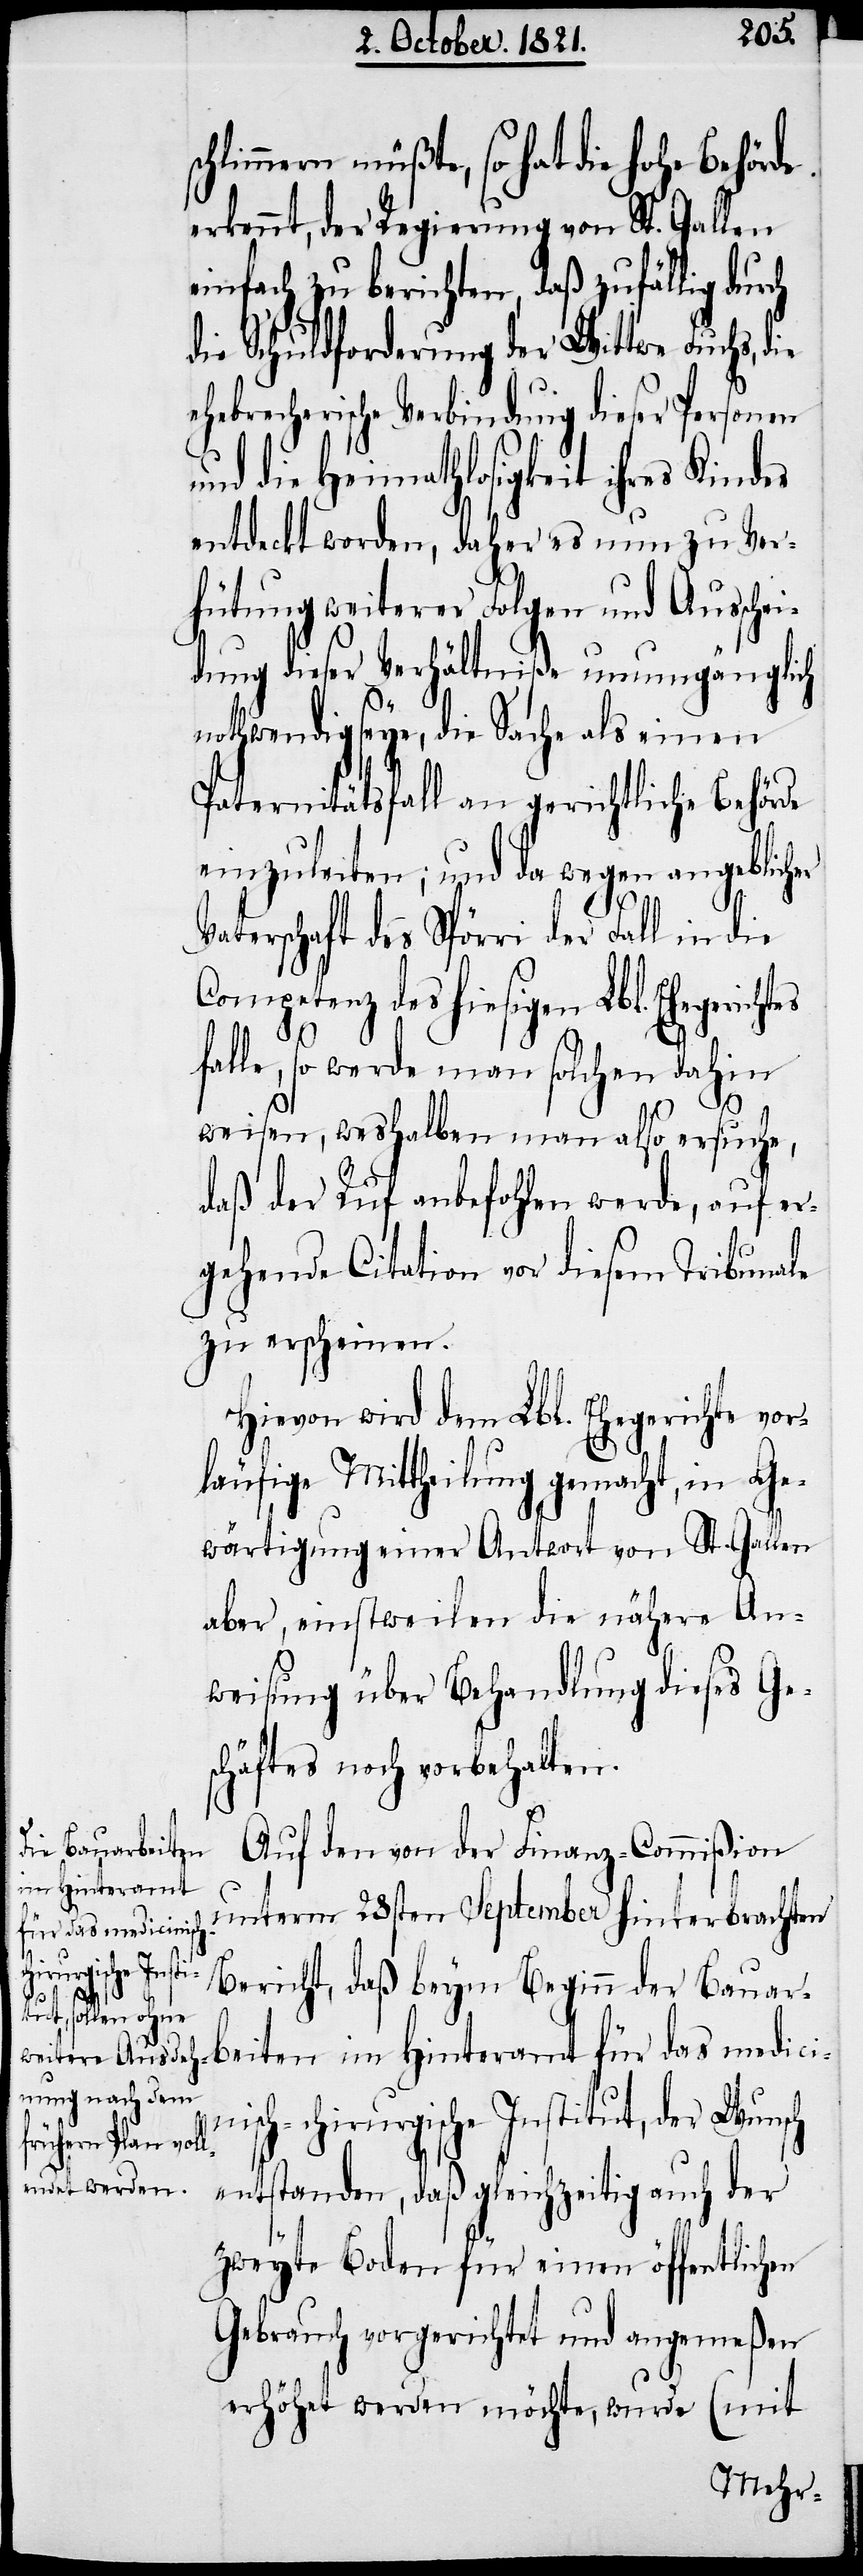
ch

chlimmern müßte, so hat die hohe Behörde
erkennt, der Regierung von St. Gallen
einfach zu berichten, daß zufällig durch
die Schuldforderung der Wittwe Fuchs,
ehebrecherische Verbindung dieser Personen
und die Heimathlosigkeit ihres
entdeckt worden, daher es nun zu Ver¬
hütung weiterer Folgen und Ausschei¬
dung dieser Verhältniße unumgänglich
nothwendig seye, die Sache als einen
Paternitätsfall an gerichtliche Behörde
einzuleiten; und da wegen angeblich¬
ni¬
Vaterschaft des Spörri der Fall in die
Competenz des hiesigen Lbl. Ehegeri¬
falle, so werde man solchen dahin
weisen, weshalben man also ersuche,
daß der Ruf anbefohlen werde, auf er¬
gehende Citation vor diesem Tribunale
zu erscheinen.
Hievon wird dem Lbl. Ehegerichte vor¬
läufige Mittheilung gemacht, in Ge¬
wärtigung einer Antwort von St. Gallen
aber, einstweilen die nähere An¬
weisung über Behandlung dieses Ge¬
schäftes noch vorbehalten.
Auf den von der Finanz-Commißion
unterm 28sten September hinterbrachten
Bericht, daß beym Beginn der Bauar¬
beiten im Hinterland für das medici¬
sch-chirurgische Institut, der Wuns¬
entstanden, daß gleichzeitig auch der
zweyte Boden für einen öffentlichen
Gebrauch vorgerichtet und angemeßen
erhöht werden möchte, wurde (mit